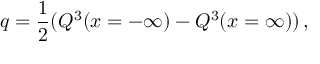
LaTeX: q = { \frac { 1 } { 2 } } ( Q ^ { 3 } ( x = - \infty ) - Q ^ { 3 } ( x = \infty ) ) \, ,